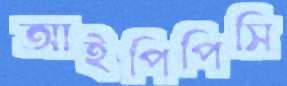
আইপিপিসি